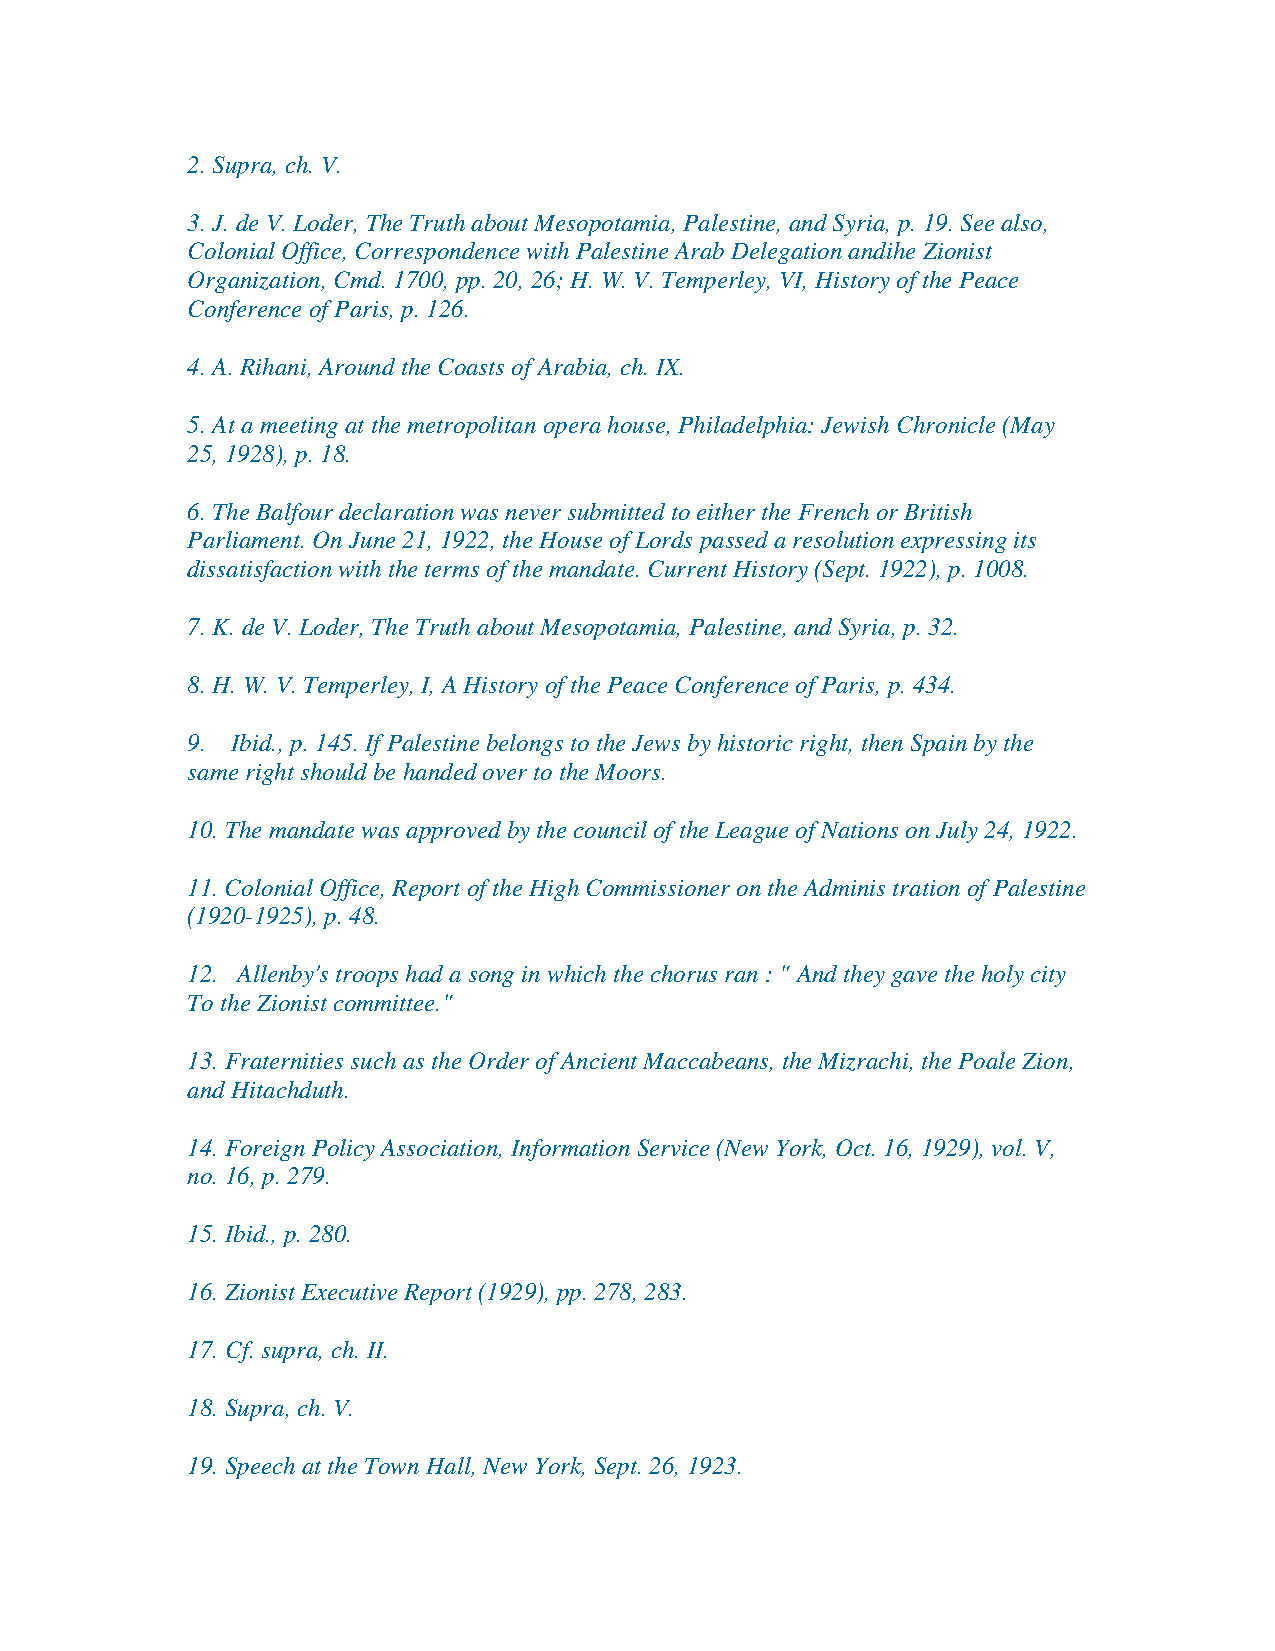
2. Supra, ch. V.
 3. J. de V. Loder, The Truth about Mesopotamia, Palestine, and Syria, p. 19. See also,
 Colonial Office, Correspondence with Palestine Arab Delegation andihe Zionist
 Organization, Cmd. 1700, pp. 20, 26; H. W. V. Temperley, VI, History of the Peace
 Conference of Paris, p. 126.
 4. A. Rihani, Around the Coasts of Arabia, ch. IX.
 5. At a meeting at the metropolitan opera house, Philadelphia: Jewish Chronicle (May
 25, 1928), p. 18.
 6. The Balfour declaration was never submitted to either the French or British
 Parliament. On June 21, 1922, the House of Lords passed a resolution expressing its
 dissatisfaction with the terms of the mandate. Current History (Sept. 1922), p. 1008.
 7. K. de V. Loder, The Truth about Mesopotamia, Palestine, and Syria, p. 32.
 8. H. W. V. Temperley, I, A History of the Peace Conference of Paris, p. 434.
 9. Ibid., p. 145. If Palestine belongs to the Jews by historic right, then Spain by the
 same right should be handed over to the Moors.
 10. The mandate was approved by the council of the League of Nations on July 24, 1922.
 11. Colonial Office, Report of the High Commissioner on the Adminis tration of Palestine
 (1920-1925), p. 48.
 12. Allenby's troops had a song in which the chorus ran : " And they gave the holy city
 To the Zionist committee."
 13. Fraternities such as the Order of Ancient Maccabeans, the Mizrachi, the Poale Zion,
 and Hitachduth.
 14. Foreign Policy Association, Information Service (New York, Oct. 16, 1929), vol. V,
 no. 16, p. 279.
 15. Ibid., p. 280.
 16. Zionist Executive Report (1929), pp. 278, 283.
 17. Cf. supra, ch. II.
 18. Supra, ch. V.
 19. Speech at the Town Hall, New York, Sept. 26, 1923.